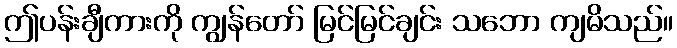
ဤပန်းချီကားကို ကျွန်တော် မြင်မြင်ချင်း သဘော ကျမိသည်။